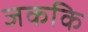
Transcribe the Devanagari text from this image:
जककि